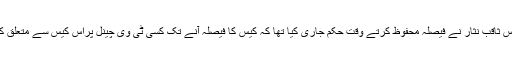
چیف جسٹس آف پاکستان جسٹس ثاقب نثار نے فیصلہ محفوظ کرتے وقت حکم جاری کیا تھا کہ کیس کا فیصلہ آنے تک کسی ٹی وی چینل پراس کیس سے متعلق کوئی بحث نہیں کی جائے گی۔